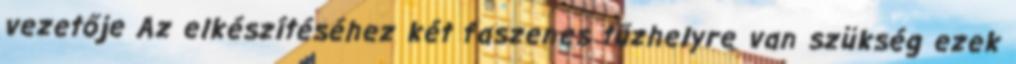
vezetője Az elkészítéséhez két faszenes tűzhelyre van szükség ezek